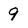
Character: 9